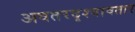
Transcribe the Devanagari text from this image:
अवतरदृश्यावतार